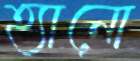
হ্যানো